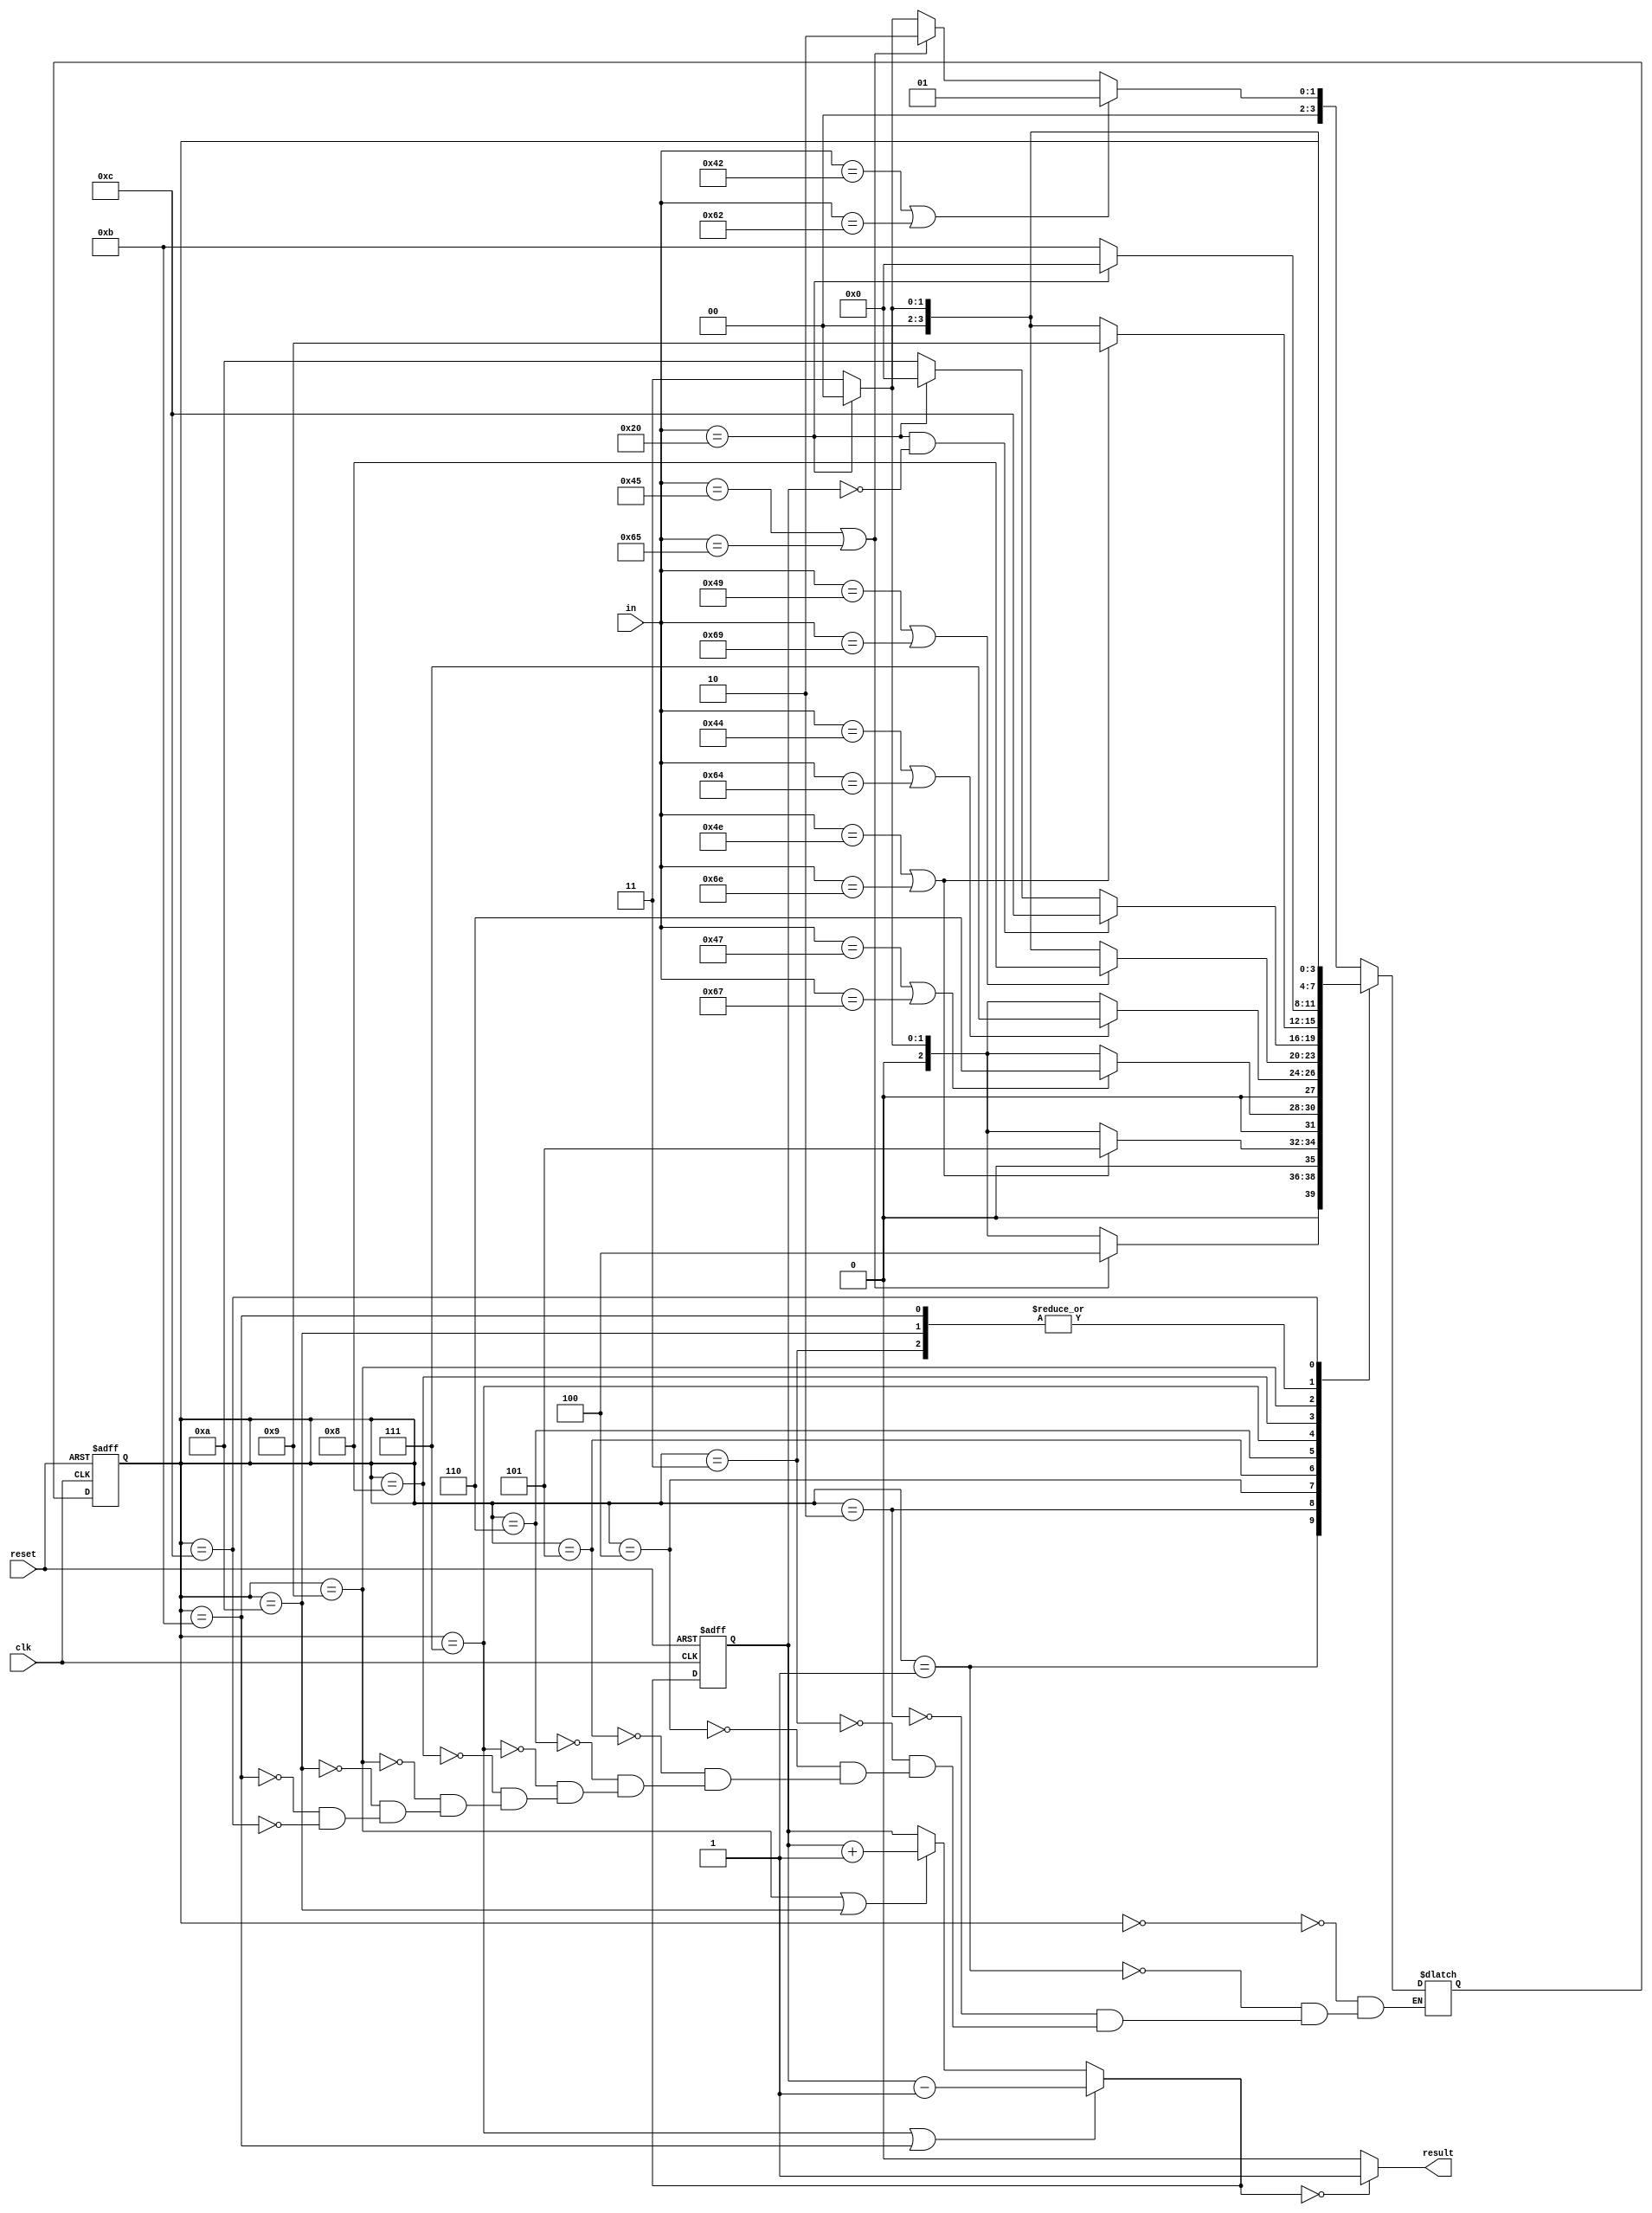
`timescale 1ns / 1ps
//////////////////////////////////////////////////////////////////////////////////
// Company: 
// Engineer: 
// 
// Design Name: 
// Module Name:    BlockChecker 
// Project Name: 
// Target Devices: 
// Tool versions: 
// Description: 
//
// Dependencies: 
//
// Revision: 
// Revision 0.01 - File Created
// Additional Comments: 
//
//////////////////////////////////////////////////////////////////////////////////
module BlockChecker(
    input clk,
	input reset,
	input [7:0] in,
	output result);
	
	parameter
	s0 = 0,
	s1 = 1,
	s2 = 2,
	s3 = 3,
	s4 = 4,
	s5 = 5,
	s6 = 6,
	s7 = 7,
	s8 = 8,
	s9 = 9,
	s10 = 10,
	s11 = 11,
	s12 = 12;
	
	reg [3:0] status, nextStatus;
	reg [31:0] cnt, nextCnt;
	
	initial
	begin
		status <= s0;
		cnt <= 0;
	end
	
	always @(posedge clk, posedge reset)
	begin
		if(reset)
			status <= s0;
		else
			status <= nextStatus;
	end
	
	always @(*)
	begin
		case(status)
			s0:
			begin
				if(in == "B" || in == "b")
					nextStatus = s1;
				else if(in == "E" || in == "e")
					nextStatus = s2;
				else if(in == " ")
					nextStatus = s0;
				else
					nextStatus = s3;
			end
			
			s1:
			begin
				if(in == "E" || in == "e")
					nextStatus = s4;
				else if(in == " ")
					nextStatus = s0;
				else
					nextStatus = s3;
			end
			
			s2:
			begin
				if(in == "N" || in == "n")
					nextStatus = s5;
				else if(in == " ")
					nextStatus = s0;
				else
					nextStatus = s3;
			end
			
			s3:
			begin
				if(in == " ")
					nextStatus = s0;
				else
					nextStatus = s3;
			end
			
			s4:
			begin
				if(in == "G" || in == "g")
					nextStatus = s6;
				else if(in == " ")
					nextStatus = s0;
				else 
					nextStatus = s3;
			end
			
			s5:
			begin
				if(in == "D" || in == "d")
					nextStatus = s7;
				else if(in == " ")
					nextStatus = s0;
				else
					nextStatus = s3;
			end
			
			s6:
			begin
				if(in == "I" || in == "i")
					nextStatus = s8;
				else if(in == " ")
					nextStatus = s0;
				else
					nextStatus = s3;
			end
			
			s7:
			begin
				if(in == " " && cnt == 0)
					nextStatus = s12;
				else if(in == " ")
					nextStatus = s0;
				else
					nextStatus = s10;
			end
			
			s8:
			begin
				if(in == "N" || in == "n")
					nextStatus = s9;
				else if(in == " ")
					nextStatus = s0;
				else
					nextStatus = s3;
			end
			
			s9:
			begin
				if(in == " ")
					nextStatus = s0;
				else
					nextStatus = s11;
			end
			
			s10:
			begin
				if(in == " ")
					nextStatus = s0;
				else
					nextStatus = s3;
			end
			
			s11:
			begin
				if(in == " ")
					nextStatus = s0;
				else
					nextStatus = s3;
			end
			
			s12:
				nextStatus = status;
		endcase
	end
	
	always @(posedge clk, posedge reset)
	begin
		if(reset)
			cnt <= 0;
		else
			cnt <= nextCnt;
	end

	always @(*)
	begin
		if(status == s12)
			nextCnt = -1;
		else if(cnt[31] == 1)
			nextCnt = cnt;
		if(status == s7 || status == s11)
			nextCnt = cnt - 1;
		else if(status == s9 || status == s10)
			nextCnt = cnt + 1;
		else
			nextCnt = cnt;
	end	
	
	assign result = (nextCnt == 0)? 1:0;
	
endmodule